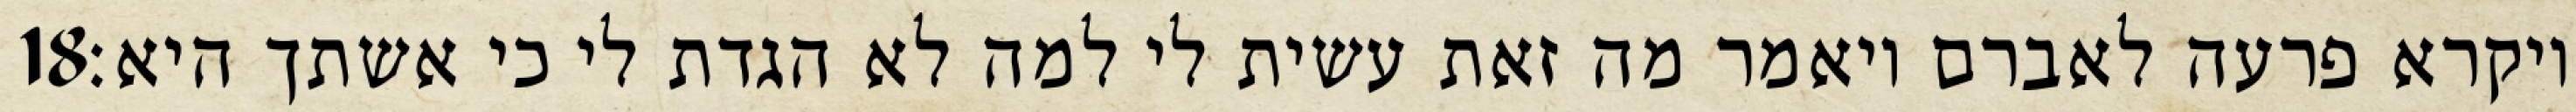
‎18‏ ויקרא פרעה לאברם ויאמר מה זאת עשית לי למה לא הגדת לי כי אשתך היא׃